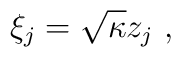
\xi_j = \sqrt{\kappa} z_j\ ,